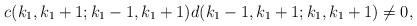
LaTeX: \begin{align*}c(k_{1}, k_{1}+1; k_{1}-1, k_{1}+1)d(k_{1}-1, k_{1}+1; k_{1}, k_{1}+1) \neq 0,\end{align*}